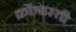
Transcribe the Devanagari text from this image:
क्रोंत्रास्ती